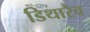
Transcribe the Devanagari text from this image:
डिथारैव